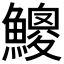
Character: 𩻐